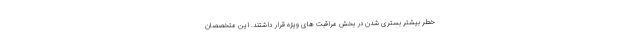
خطر بیشتر بستری شدن در بخش مراقبت های ویژه قرار داشتند. این متخصصان